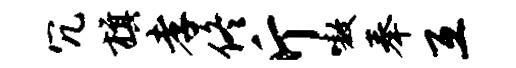
冗旗孝佟斤嗷奉互